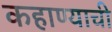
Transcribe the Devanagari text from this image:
कहाण्याची